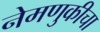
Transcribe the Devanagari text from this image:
नेमणुकीचा